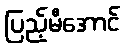
ပြည့်မီအောင်